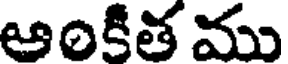
ఆంకీత ము